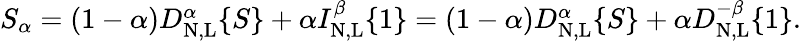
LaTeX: \begin{array}{r}{S_{\alpha}=(1-\alpha)D_{\mathrm{N,L}}^{\alpha}\{ {S\} }+\alpha I_{\mathrm{N,L}}^{\beta}\{ {1\} }=(1-\alpha)D_{\mathrm{N,L}}^{\alpha}\{ {S\} }+\alpha D_{\mathrm{N,L}}^{-\beta}\{ {1\} }.}\end{array}